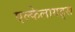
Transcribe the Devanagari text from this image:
एल्केलायड्स